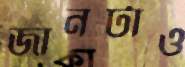
জানটাও